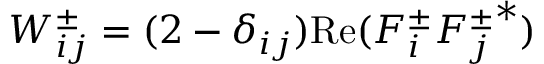
W _ { i j } ^ { \pm } = ( 2 - \delta _ { i j } ) \mathrm { R e } ( F _ { i } ^ { \pm } { F _ { j } ^ { \pm } } ^ { * } )